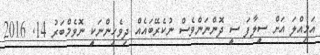
އަމިއްލަ އަށް ސީލާފަ ސީ ދޮންނަންވެސް ނުކެރޭބައެއް ދިވެހިންނަކީ ނޮވެމްބަރު 14